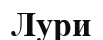
Лури